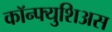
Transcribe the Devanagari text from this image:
कॉन्फ्युशिअस